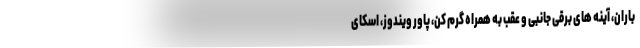
باران، آینه های برقی جانبی و عقب به همراه گرم کن، پاور ویندوز، اسکای